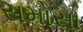
સમોસા